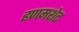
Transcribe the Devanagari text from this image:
हणमशेट